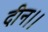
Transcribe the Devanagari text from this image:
दीन।।